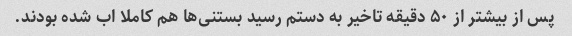
پس از بیشتر از ۵۰ دقیقه تاخیر به دستم رسید بستنی‌ها هم کاملا اب شده بودند.